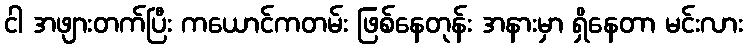
ငါ အဖျားတက်ပြီး ကယောင်ကတမ်း ဖြစ်နေတုန်း အနားမှာ ရှိနေတာ မင်းလား